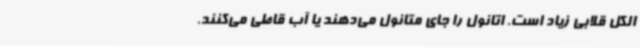
الکل قلابی زیاد است. اتانول را جای متانول می‌دهند یا آب قاطی می‌کنند.